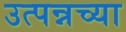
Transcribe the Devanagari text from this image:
उत्पन्नच्या